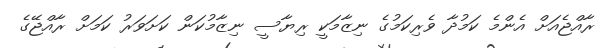
ރާއްޖެއަށް އެންމެ ކަމުދާ ވެރިކަމުގެ ނިޒާމަކީ ރިޔާސީ ނިޒާމުކަން ކަށަވަރު ކަމަށް ރާއްޖޭގެ